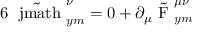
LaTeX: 6 \tilde { \mathrm { \boldmath ~ \ j m a t h ~ } } _ { y m } ^ { \nu } = 0 + \partial _ { \mu } ^ { } \tilde { \mathrm { \boldmath ~ F ~ } } _ { y m } ^ { \mu \nu }